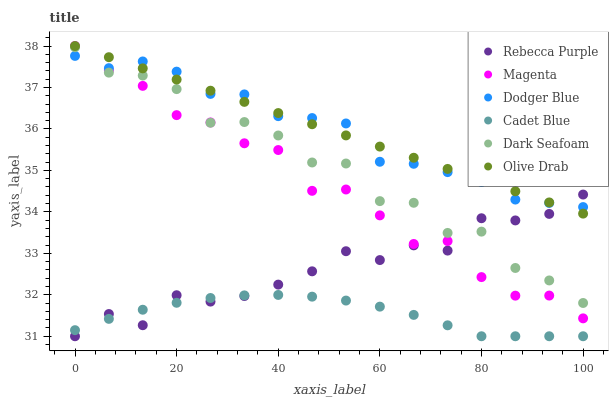
| xaxis_label | Rebecca Purple | Magenta | Dodger Blue | Cadet Blue | Dark Seafoam | Olive Drab |
 | --- | --- | --- | --- | --- | --- | --- |
 | 0 | 31 | 38 | 37.8 | 31.1 | 38 | 38 |
 | 6.67 | 31.5 | 37.4 | 37.5 | 31.4 | 37.4 | 37.7 |
 | 13.3 | 31.3 | 37 | 37.6 | 31.6 | 37.3 | 37.5 |
 | 20 | 32 | 36.3 | 37.4 | 31.8 | 37 | 37.2 |
 | 26.7 | 31.8 | 36.2 | 36.8 | 31.9 | 36.1 | 36.9 |
 | 33.3 | 32 | 35.7 | 36.8 | 32 | 36.2 | 36.7 |
 | 40 | 32.2 | 35.5 | 36.3 | 32 | 35.8 | 36.4 |
 | 46.7 | 32.6 | 34.5 | 36.3 | 32 | 35.2 | 36.1 |
 | 53.3 | 33.1 | 34.5 | 36.1 | 31.9 | 35.2 | 35.8 |
 | 60 | 32.8 | 33.9 | 35.2 | 31.7 | 34.3 | 35.6 |
 | 66.7 | 33.2 | 33.2 | 35.2 | 31.5 | 34.2 | 35.3 |
 | 73.3 | 33.1 | 33.3 | 35 | 31.3 | 33.5 | 35 |
 | 80 | 33.8 | 32.4 | 34.7 | 31 | 33.5 | 34.8 |
 | 86.7 | 33.8 | 32 | 34.3 | 31 | 32.6 | 34.5 |
 | 93.3 | 34 | 32 | 34.2 | 31 | 32.3 | 34.2 |
 | 100 | 34.4 | 31.4 | 34.1 | 31 | 31.8 | 34 |